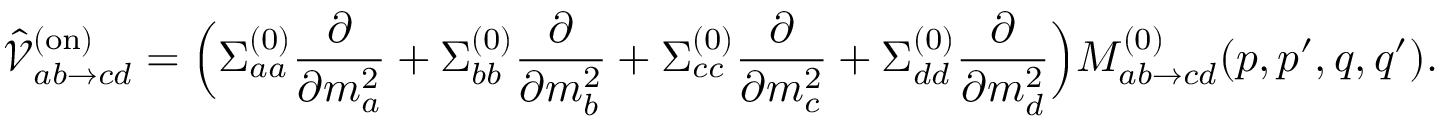
\hat { \mathcal { V } } _ { a b \to c d } ^ { ( \mathrm { o n } ) } = \Bigl ( \Sigma _ { a a } ^ { ( 0 ) } \frac { \partial } { \partial m _ { a } ^ { 2 } } + \Sigma _ { b b } ^ { ( 0 ) } \frac { \partial } { \partial m _ { b } ^ { 2 } } + \Sigma _ { c c } ^ { ( 0 ) } \frac { \partial } { \partial m _ { c } ^ { 2 } } + \Sigma _ { d d } ^ { ( 0 ) } \frac { \partial } { \partial m _ { d } ^ { 2 } } \Bigr ) M _ { a b \to c d } ^ { ( 0 ) } ( p , p ^ { \prime } , q , q ^ { \prime } ) .